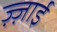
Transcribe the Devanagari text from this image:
ज़्ज़ाई